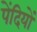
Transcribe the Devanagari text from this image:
पेंदियों